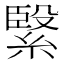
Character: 𮵾